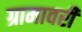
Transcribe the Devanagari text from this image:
ग्रामावरी